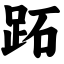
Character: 跖